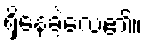
ရှိနေခဲ့လေ၏။